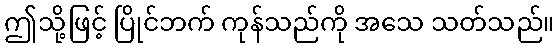
ဤသို့ဖြင့် ပြိုင်ဘက် ကုန်သည်ကို အသေ သတ်သည်။